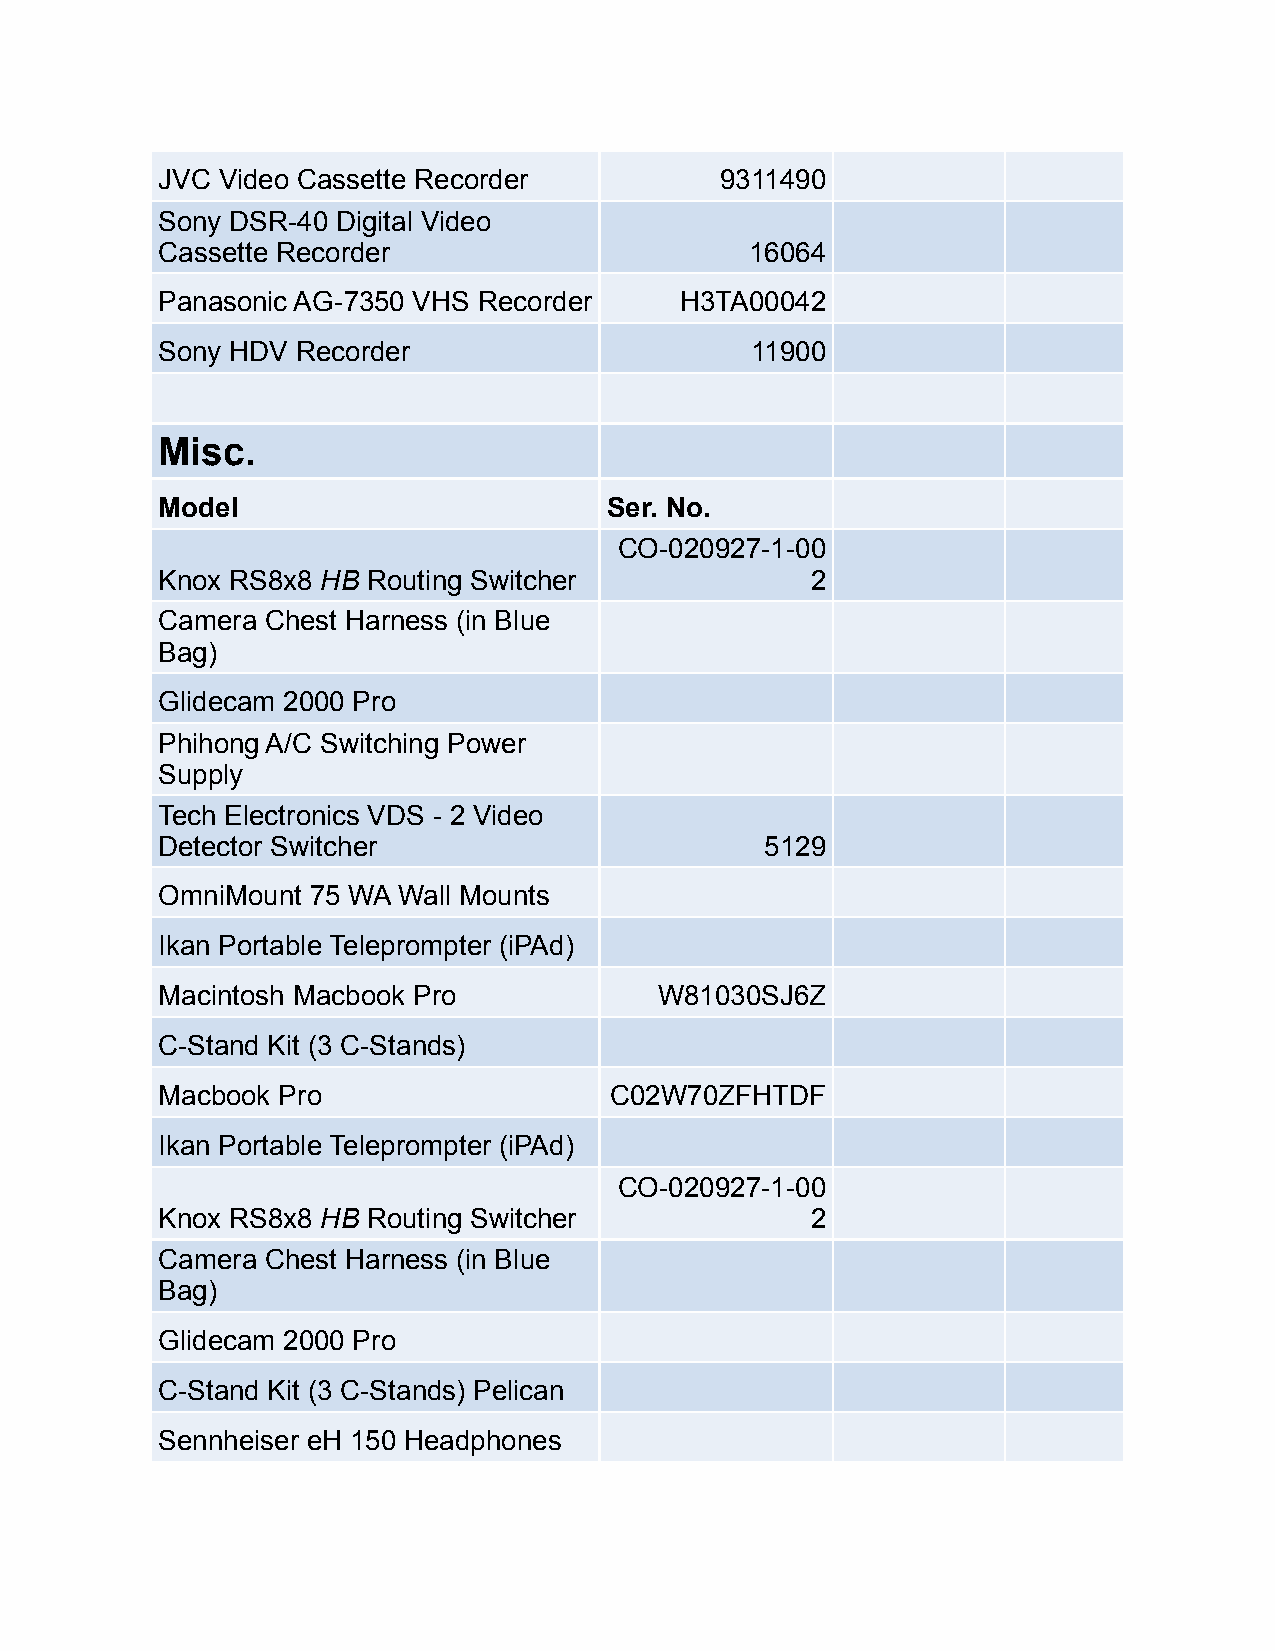
JVC Video Cassette Recorder           9311490
 Sony DSR-40 Digital Video
 Cassette Recorder                       16064
 Panasonic AG-7350 VHS Recorder     H3TA00042
 Sony HDV  Recorder                      11900
 Misc.
 Model                         Ser. No.
 CO-020927-1-00
 Knox RS8x8 HB Routing Switcher              2
 Camera  Chest Harness (in Blue
 Bag)
 Glidecam 2000 Pro
 Phihong A/C Switching Power
 Supply
 Tech Electronics VDS - 2 Video
 Detector Switcher                        5129
 OmniMount 75 WA Wall Mounts
 Ikan Portable Teleprompter (iPAd)
 Macintosh Macbook Pro             W81030SJ6Z
 C-Stand Kit (3 C-Stands)
 Macbook Pro                   C02W70ZFHTDF
 Ikan Portable Teleprompter (iPAd)
 CO-020927-1-00
 Knox RS8x8 HB Routing Switcher              2
 Camera  Chest Harness (in Blue
 Bag)
 Glidecam 2000 Pro
 C-Stand Kit (3 C-Stands) Pelican
 Sennheiser eH 150 Headphones